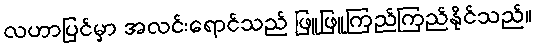
လဟာပြင်မှာ အလင်းရောင်သည် ဖြူဖြူကြည်ကြည်နိုင်သည်။